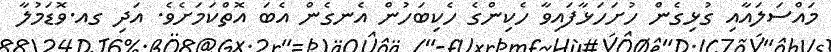
މައްސަލައާއި ގުޅިގެން ހުށަހަޅާފައިވާ ހެކިންގެ ހެކިބަހުން އެނގެން އެބަ އޮތްކަމަށެވެ. އަދި ގއ.ވޮޑަމުލާ